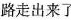
路走出来了